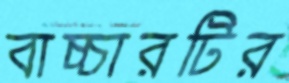
বাচ্চারটির